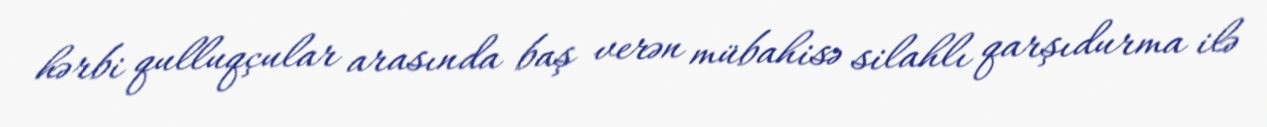
hərbi qulluqçular arasında baş verən mübahisə silahlı qarşıdurma ilə